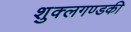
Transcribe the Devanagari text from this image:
शुक्लगण्डकी